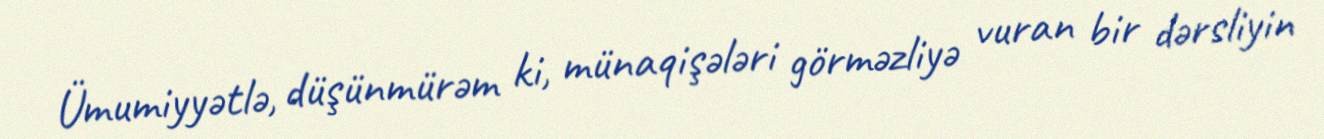
Ümumiyyətlə, düşünmürəm ki, münaqişələri görməzliyə vuran bir dərsliyin